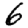
Digit: 6